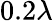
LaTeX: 0.2\lambda